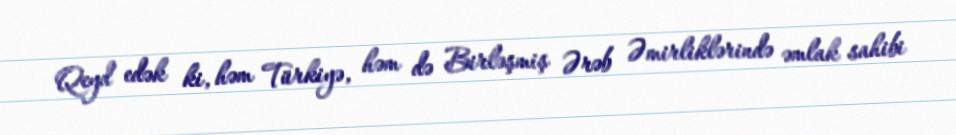
Qeyd edək ki, həm Türkiyə, həm də Birləşmiş Ərəb Əmirliklərində əmlak sahibi